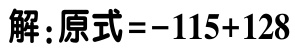
解：原式\(=-115 + 128\)